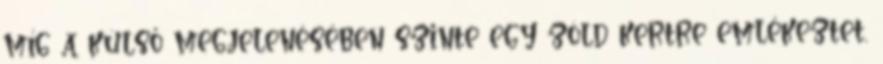
míg a külső megjelenésében szinte egy zöld kertre emlékeztet.